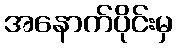
အနောက်ပိုင်းမှ